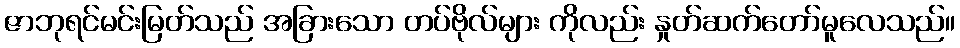
ဇာဘုရင်မင်းမြတ်သည် အခြားသော တပ်ဗိုလ်များ ကိုလည်း နှုတ်ဆက်တော်မူလေသည်။